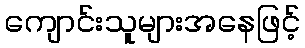
ကျောင်းသူများအနေဖြင့်